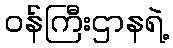
ဝန်ကြီးဌာနရဲ့